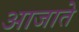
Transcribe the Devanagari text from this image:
आजाते